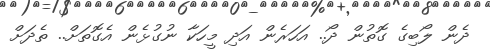
ދެން ލޯބިގެ ގޮތުން ދޯ.. އަހަރެން އަދި މީހަކާ ނުގުޅެން އެގޮތަށް.. ތެދަށް